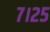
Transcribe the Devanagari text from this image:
७।२५